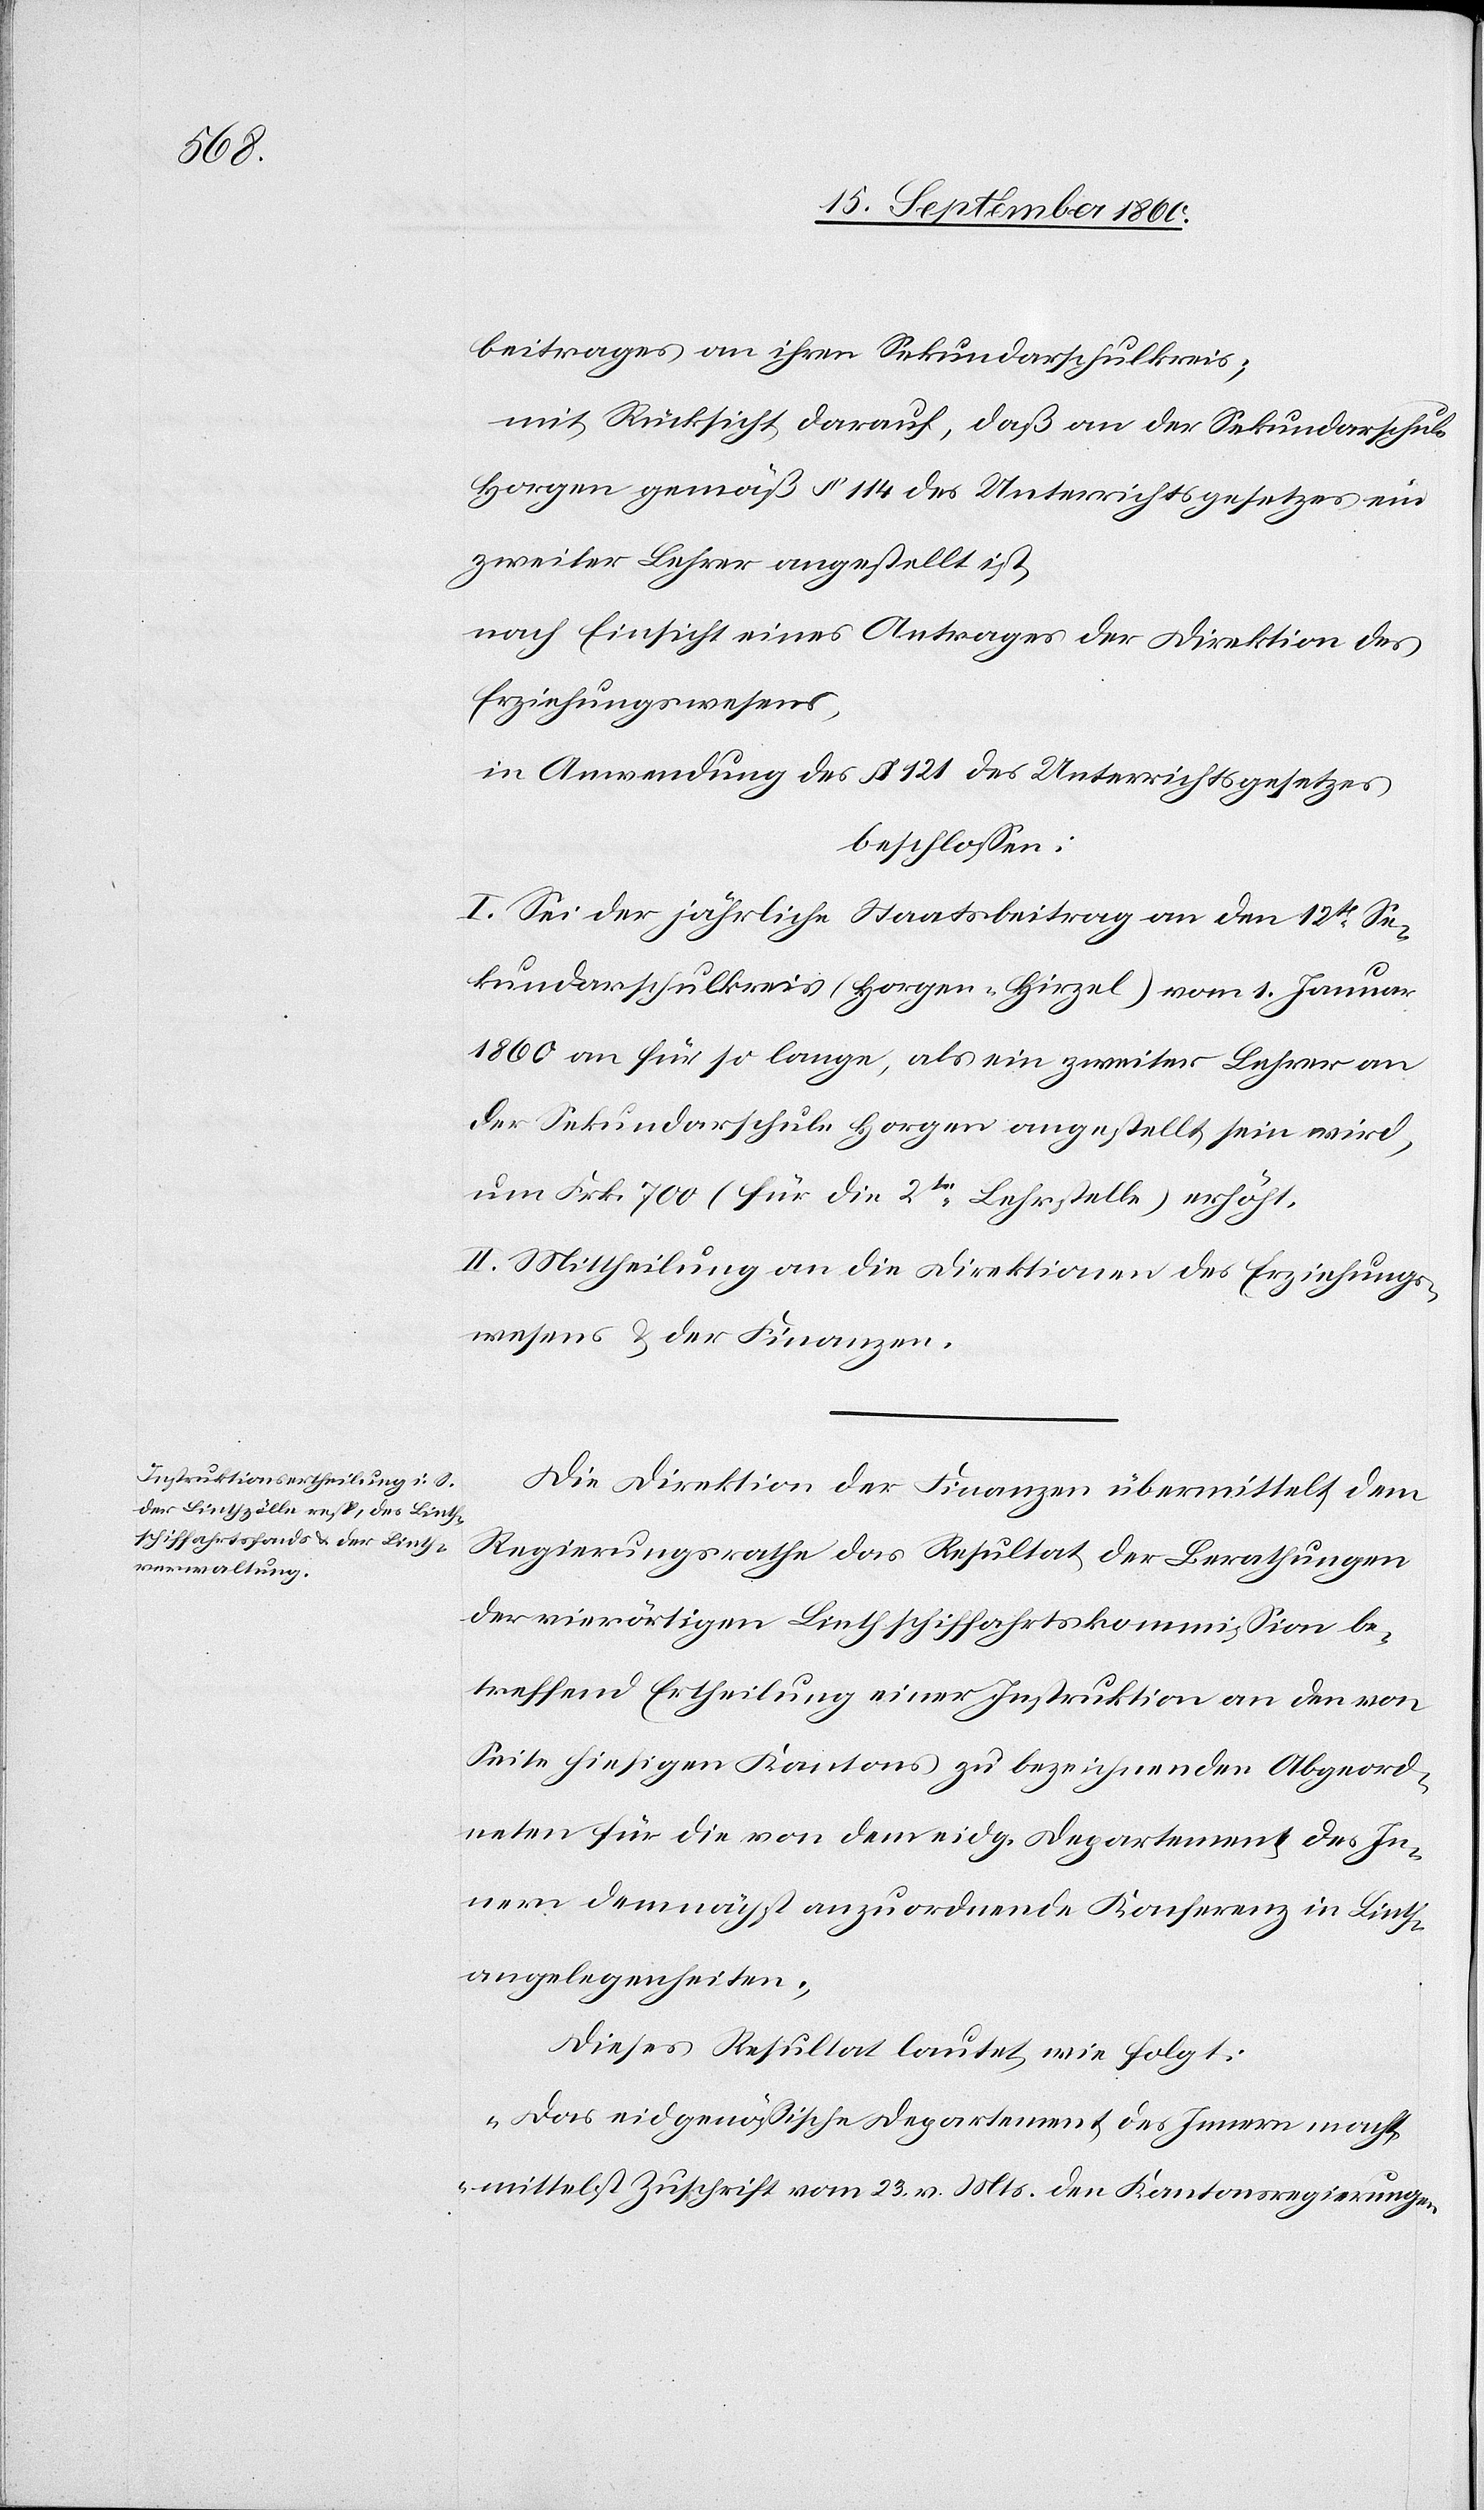
beitrages an ihren Sekundarschulkreis;
mit Rücksicht darauf, daß an der Sekundarschule
Horgen gemäß § 144 des Unterrichtsgesetzes ein
zweiter Lehrer angestellt ist,
nach Einsicht eines Antrages der Direktion des
Erziehungswesens,
in Anwendung des § 121 des Unterrichtsgesetzes
beschlossen:
I. Sei der jährliche Staatsbeitrag an den 12ten Se¬
kundarschulkreis (Horgen-Hirzel) vom 1. Januar
1860 an für so lange, als ein zweiter Lehrer an
der Sekundarschule Horgen angestellt sein wird,
um Frk. 700 (für die 2te Lehrstelle) erhöht.
II. Mittheilung an die Direktionen des Erziehungs¬
wesens u. der Finanzen.
Die Direktion der Finanzen übermittelt dem
Regierungsrathe das Resultat der Berathungen
der vierörtigen Linthschiffahrtskommission be¬
treffend Ertheilung einer Instruktion an den von
Seite hiesigen Kantons zu bezeichnenden Abgeord¬
neten für die von dem eidg. Departement des In¬
nern demnächst anzuordnende Konferenz in Linth¬
angelegenheiten.
Dieses Resultat lautet wie folgt:
„Das eidgenössische Departement des Innern macht
mittelst Zuschrift vom 23. v. Mts. den Kantonsregierungen